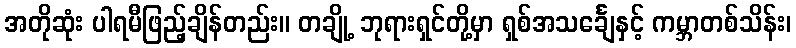
အတိုဆုံး ပါရမီဖြည့်ချိန်တည်း။ တချို့ ဘုရားရှင်တို့မှာ ရှစ်အသင်္ချေနှင့် ကမ္ဘာတစ်သိန်း၊